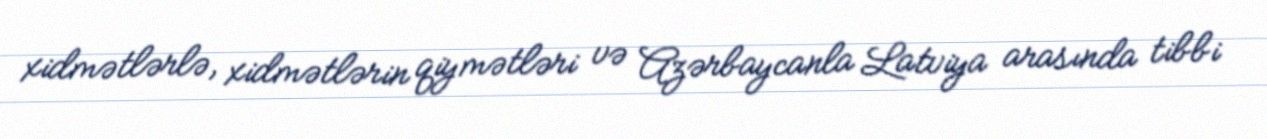
xidmətlərlə, xidmətlərin qiymətləri və Azərbaycanla Latviya arasında tibbi